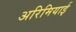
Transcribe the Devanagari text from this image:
अरिमियाई